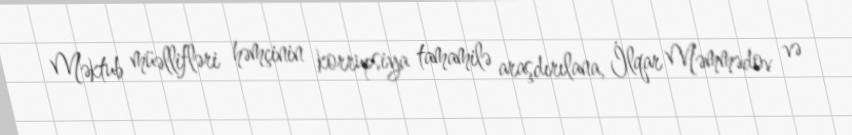
Məktub müəllifləri həmçinin korrupsiya tamamilə araşdırılana, İlqar Məmmədov və